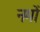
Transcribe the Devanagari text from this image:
नमों